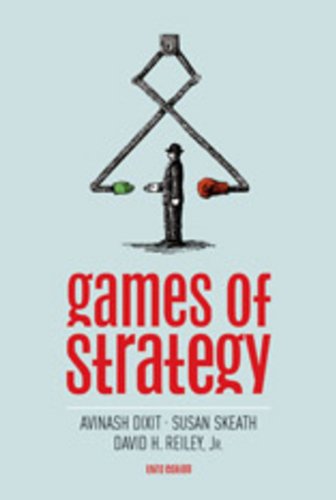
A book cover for Games of Strategy (Third Edition); Avinash Dixit; Science & Math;